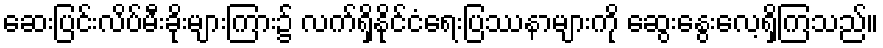
ဆေးပြင်းလိပ်မီးခိုးများကြား၌ လက်ရှိနိုင်ငံရေးပြဿနာများကို ဆွေးနွေးလေ့ရှိကြသည်။